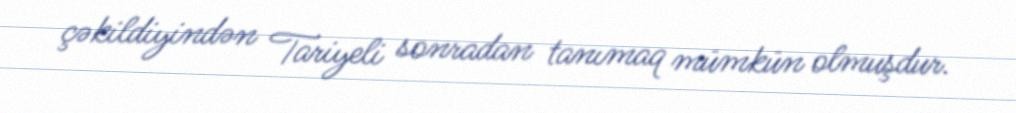
çəkildiyindən Tariyeli sonradan tanımaq mümkün olmuşdur.